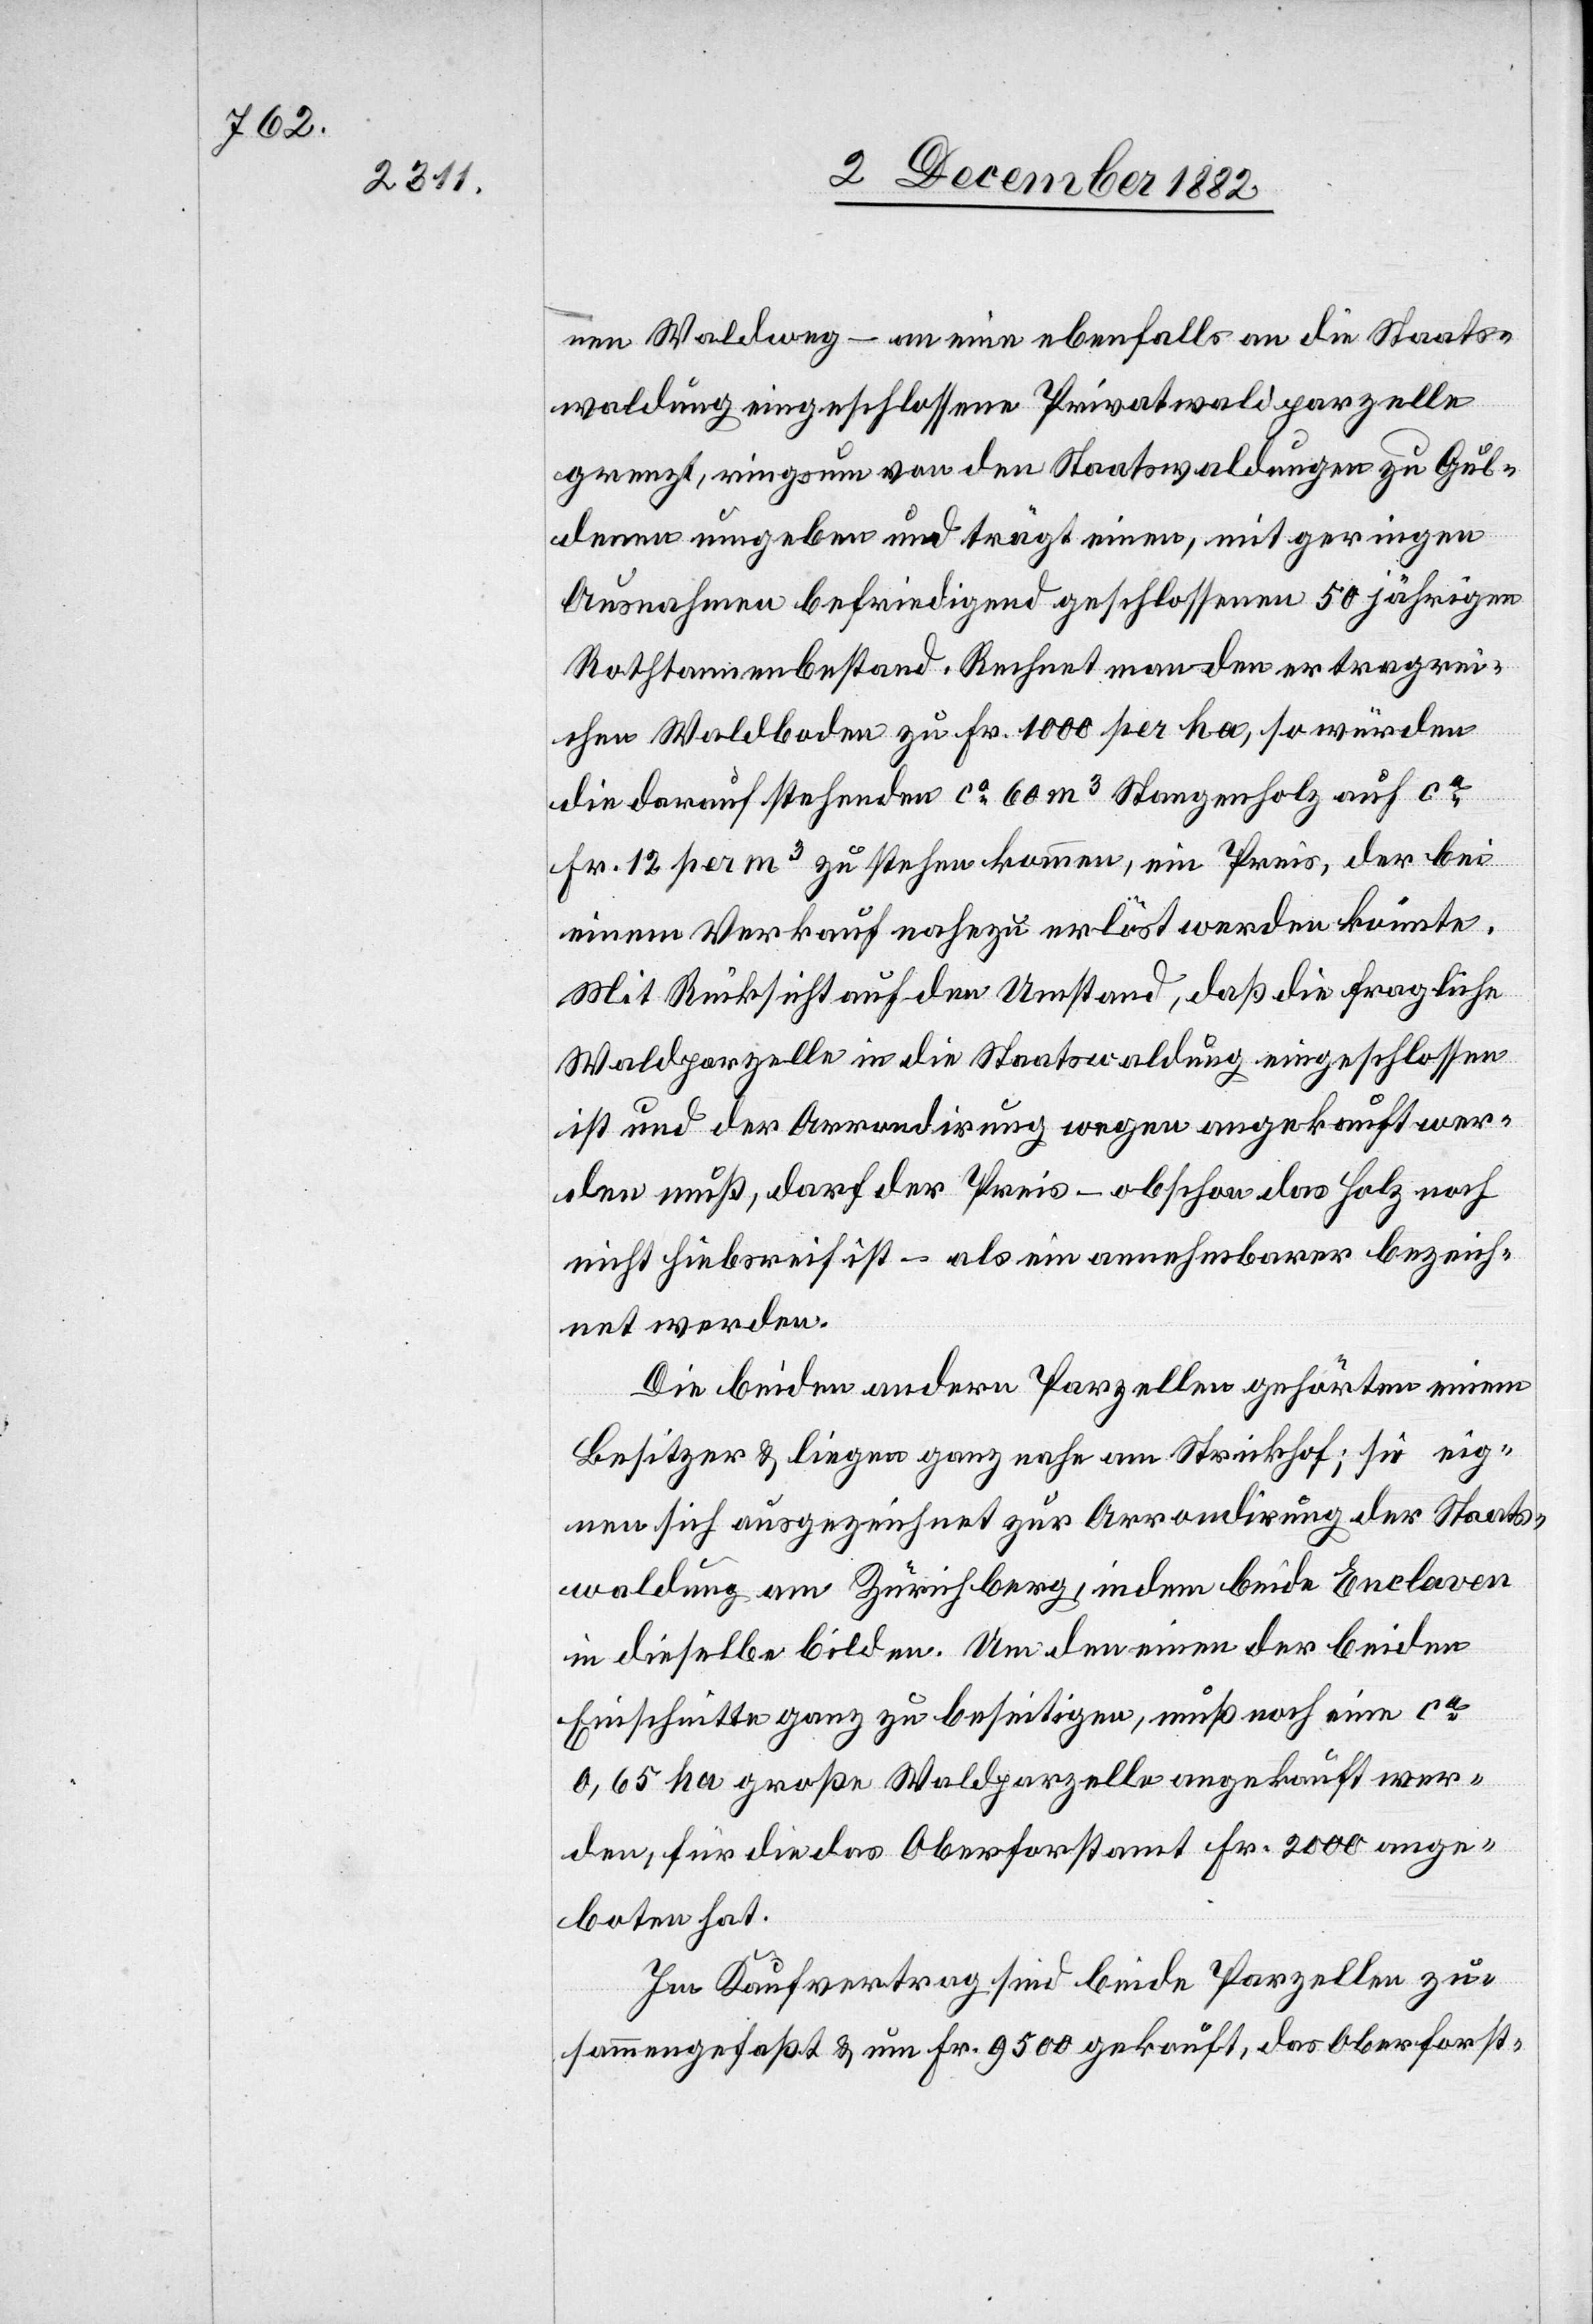
nen Waldweg – an eine ebenfalls an die Staats¬
waldung eingeschlossene Privatwaldparzelle
grenzt, ringsum von den Staatswaldungen zu Gul¬
denen umgeben und trägt einen, mit geringen
Ausnahmen befriedigend geschlossenen 50jährigen
Rothtannenbestand. Rechnet man den ertragrei¬
chen Waldboden zu Fr. 1000 per ha, so würden
die darauf stehenden ca 60m3 Stangenholz auf ca
Fr. 12 per m3 zu stehen kommen, ein Preis, der bei
einem Verkauf nahezu erlöst werden könnte.
Mit Rücksicht auf den Umstand, daß die fragliche
Waldparzelle in die Staatswaldung eingeschlossen
ist und der Arrondirung wegen angekauft wer¬
den muß, darf der Preis – obschon das Holz noch
nicht hiebsreif ist – als ein annehmbarer bezeich¬
net werden.
Die beiden andern Parzellen gehörten einem
Besitzer & liegen ganz nahe am Strickhof; sie eig¬
nen sich ausgezeichnet zur Arrondirung der Staats¬
waldung am Zürichberg, indem beide Enlcaven
in dieselbe bilden. Um den einen der beiden
Einschnitte ganz zu beseitigen, muß noch eine ca
0,65 ha große Waldparzelle angekauft wer¬
den, für die das Oberforstamt Fr. 2000 ange¬
boten hat.
Im Kaufvertrag sind beide Parzellen zu¬
sammengefaßt & um Fr. 9500 gekauft, das Oberforst-